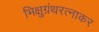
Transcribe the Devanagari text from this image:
भिक्षुग्रंथरत्नाकर